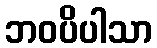
ဘဝပိပါသာ